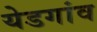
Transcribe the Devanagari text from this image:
येडगांव